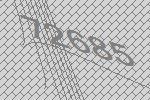
72685